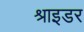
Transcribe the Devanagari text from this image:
श्राइडर